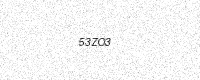
Text: 53ZO3